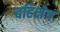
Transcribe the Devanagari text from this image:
बहिक्षेत्र